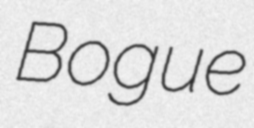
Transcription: Bogue